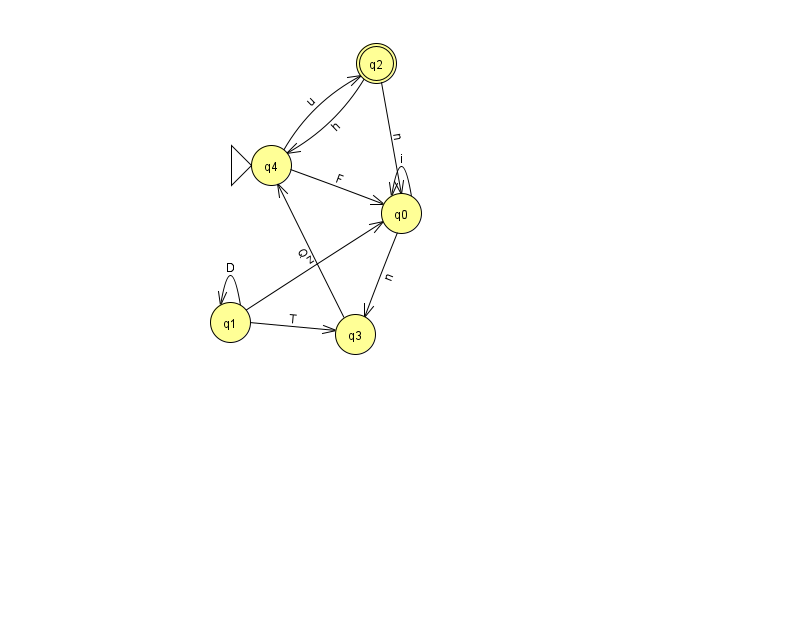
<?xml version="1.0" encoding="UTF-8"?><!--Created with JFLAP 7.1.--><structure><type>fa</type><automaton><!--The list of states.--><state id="0" name="q0"><x>401.0</x><y>200.0</y></state><state id="1" name="q1"><x>230.0</x><y>309.0</y></state><state id="2" name="q2"><x>376.0</x><y>50.0</y><final/></state><state id="3" name="q3"><x>355.0</x><y>321.0</y></state><state id="4" name="q4"><x>271.0</x><y>152.0</y><initial/></state><!--The list of transitions.--><transition><from>1</from><to>3</to><read>T</read></transition><transition><from>1</from><to>1</to><read>D</read></transition><transition><from>2</from><to>4</to><read>h</read></transition><transition><from>0</from><to>0</to><read>i</read></transition><transition><from>0</from><to>3</to><read>n</read></transition><transition><from>1</from><to>0</to><read>z</read></transition><transition><from>2</from><to>0</to><read>n</read></transition><transition><from>4</from><to>2</to><read>u</read></transition><transition><from>3</from><to>4</to><read>Q</read></transition><transition><from>4</from><to>0</to><read>F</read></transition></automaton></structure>